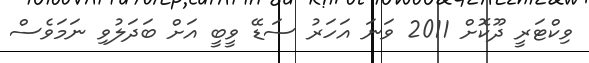
ވިކްޓަރީ ދޫކޮށް 2011 ވަނަ އަހަރު ސަޑޭ ވީބީ އަށް ބަދަލުވި ނަމަވެސް